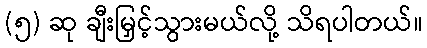
(၅) ဆု ချီးမြှင့်သွားမယ်လို့ သိရပါတယ်။